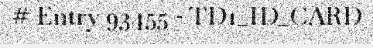
# Entry 93455 - TD1_ID_CARD